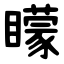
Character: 矇